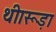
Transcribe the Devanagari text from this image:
थी।रूड़ा